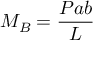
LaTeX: M _ { B } = { \frac { P a b } { L } }